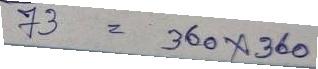
73 = 360 x 360